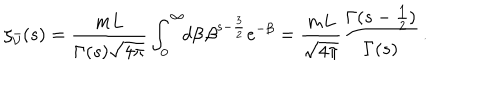
\zeta _ { \bar { { \cal V } } } ( s ) = \frac { m L } { \Gamma ( s ) \sqrt { 4 \pi } } \int _ { 0 } ^ { \infty } \! \! d \beta \, \beta ^ { s - \frac { 3 } { 2 } } e ^ { - \beta } = \frac { m L } { \sqrt { 4 \pi } } \frac { \Gamma ( s - \frac { 1 } { 2 } ) } { \Gamma ( s ) } \, .